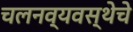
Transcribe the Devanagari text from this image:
चलनव्यवस्थेचे